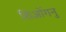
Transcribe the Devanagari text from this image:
शिओंगनु